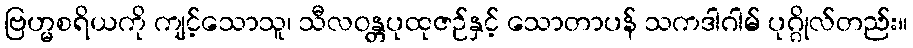
ဗြဟ္မစရိယကို ကျင့်သောသူ၊ သီလဝန္တပုထုဇဉ်နှင့် သောတာပန် သကဒါဂါမ် ပုဂ္ဂိုလ်တည်း။